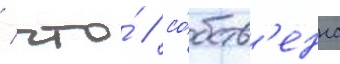
/ что́ / со́бств'енно